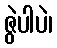
ဇွဲပါပဲ၊